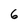
Character: 6